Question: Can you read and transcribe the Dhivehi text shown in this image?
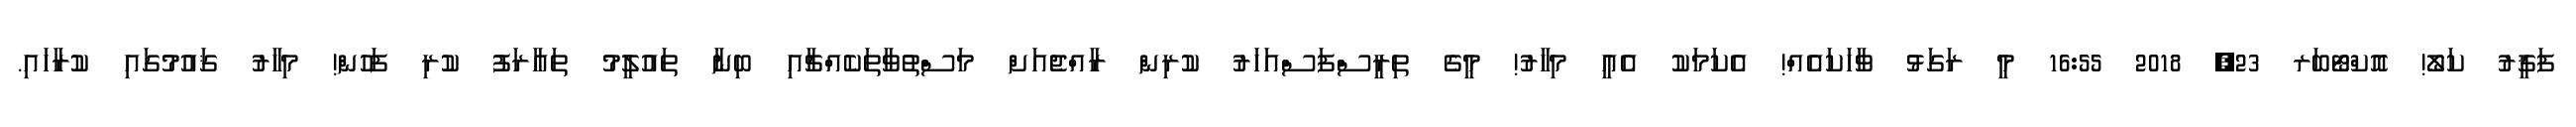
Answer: ފަޤީރު ކަލޯ! އޮކްޓޯބަރ 23, 2018 16:55 މީ ރަގަޅު ވާހަކައެއް! އެކަމަކު އެއީ މިހާރު! މީގެ ތިރީސްފަސްއަހަރު ކުރިން ރާއްޖެއަށް މަސްތުވާތަކެއްޗާއި ބިނާ ތައުލީމު ތަޢާރަފު ކުރި ފަހުން! މިހާރު ޤައުމުގައި ކުރާހައި.